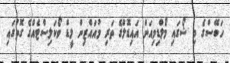
ހަބޭސްގެ މި ޝޯގައި މޯލްޑިވިއަން އައިޑޮލްގެ ތަރި މުއައްޒިން ލީޑް ވޯކަލިސްޓެއްގެ ގޮތުގައި